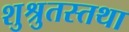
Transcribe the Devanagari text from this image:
शुश्रुतस्तथा